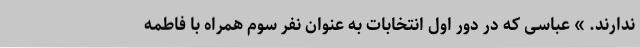
ندارند. » عباسی که در دور اول انتخابات به عنوان نفر سوم همراه با فاطمه